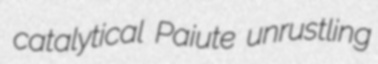
catalytical Paiute unrustling